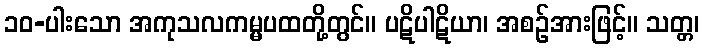
၁၀-ပါးသော အကုသလကမ္မပထတို့တွင်။ ပဋိပါဋိယာ၊ အစဉ်အားဖြင့်။ သတ္တ၊